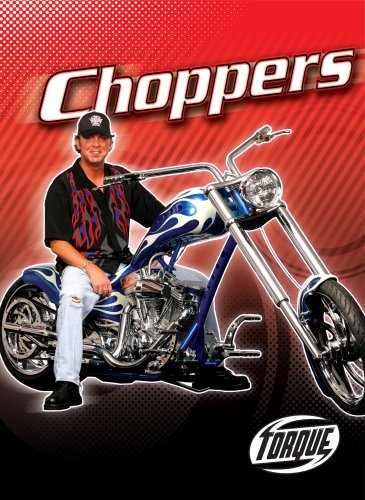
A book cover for Choppers (Torque Books: Motorcycles) (Torque: Motorcycles); Jack David; Children's Books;